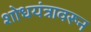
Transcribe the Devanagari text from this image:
शोधयंत्रावरून